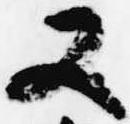
又